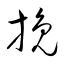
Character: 挽